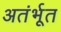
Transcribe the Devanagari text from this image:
अतंर्भूत